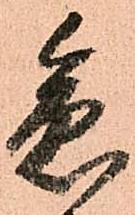
急